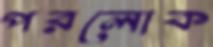
পরলোক